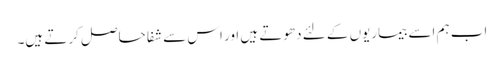
اب ہم اسے بیماریوں کے لئے دھوتے ہیں اور اس سے شفا حاصل کرتے ہیں۔